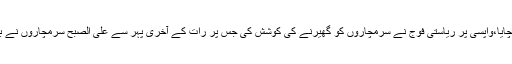
گزشتہ رات مشکے گجر آرمی کیمپ پر سرمچاروں نے بھاری ہتھیاروں سے حملہ کر کے فوج کو نقصان پہنچایا،واپسی پر ریاستی فوج نے سرمچاروں کو گھیرنے کی کوشش کی جس پر رات کے آخری پہر سے علی الصبح سرمچاروں نے بہادری سے لڑتے ہوئے آرمی کے کئی اہلکاروں کو ہلاک و زخمی کیا اوربحفاظت نکلنے میں کامیاب ہوگئے۔